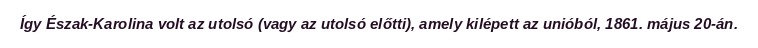
Így Észak-Karolina volt az utolsó (vagy az utolsó előtti), amely kilépett az unióból, 1861. május 20-án.